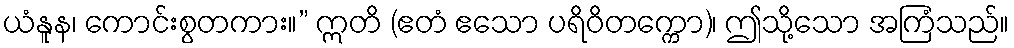
ယံနူန၊ ကောင်းစွတကား။” ဣတိ (ဧတံ ဧသော ပရိဝိတက္ကော)၊ ဤသို့သော အကြံသည်။